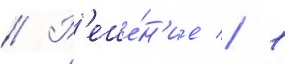
// Р'еше́н'ие // 1